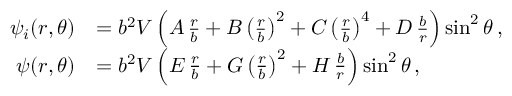
\begin{array} { r l } { \psi _ { i } ( r , \theta ) } & { = b ^ { 2 } V \left( A \, \frac { r } { b } + B \left( \frac { r } { b } \right) ^ { 2 } + C \left( \frac { r } { b } \right) ^ { 4 } + D \, \frac { b } { r } \right) \sin ^ { 2 } \theta \, , } \\ { \psi ( r , \theta ) } & { = b ^ { 2 } V \left( E \, \frac { r } { b } + G \left( \frac { r } { b } \right) ^ { 2 } + H \, \frac { b } { r } \right) \sin ^ { 2 } \theta \, , } \end{array}